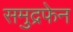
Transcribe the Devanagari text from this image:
समुद्रफेन